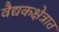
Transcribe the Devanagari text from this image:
वैद्यकक्षेत्रात